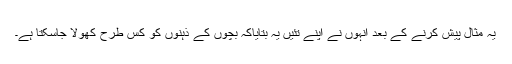
یہ مثال پیش کرنے کے بعد انہوں نے اپنے تئیں یہ بتایاکہ بچوں کے ذہنوں کو کس طرح کھولا جاسکتا ہے۔